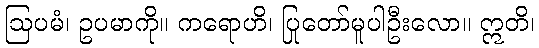
ဩပမံ၊ ဥပမာကို။ ကရောဟိ၊ ပြုတော်မူပါဦးလော။ ဣတိ၊